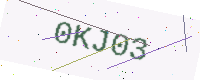
Text: 0KJ03